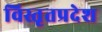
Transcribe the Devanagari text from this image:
विस्तृतप्रदेश